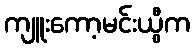
ကျူးကော့မင်းယွီက